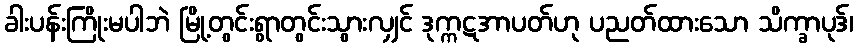
ခါးပန်းကြိုးမပါဘဲ မြို့တွင်းရွာတွင်းသွားလျှင် ဒုက္ကဋအာပတ်ဟု ပညတ်ထားသော သိက္ခာပုဒ်၊